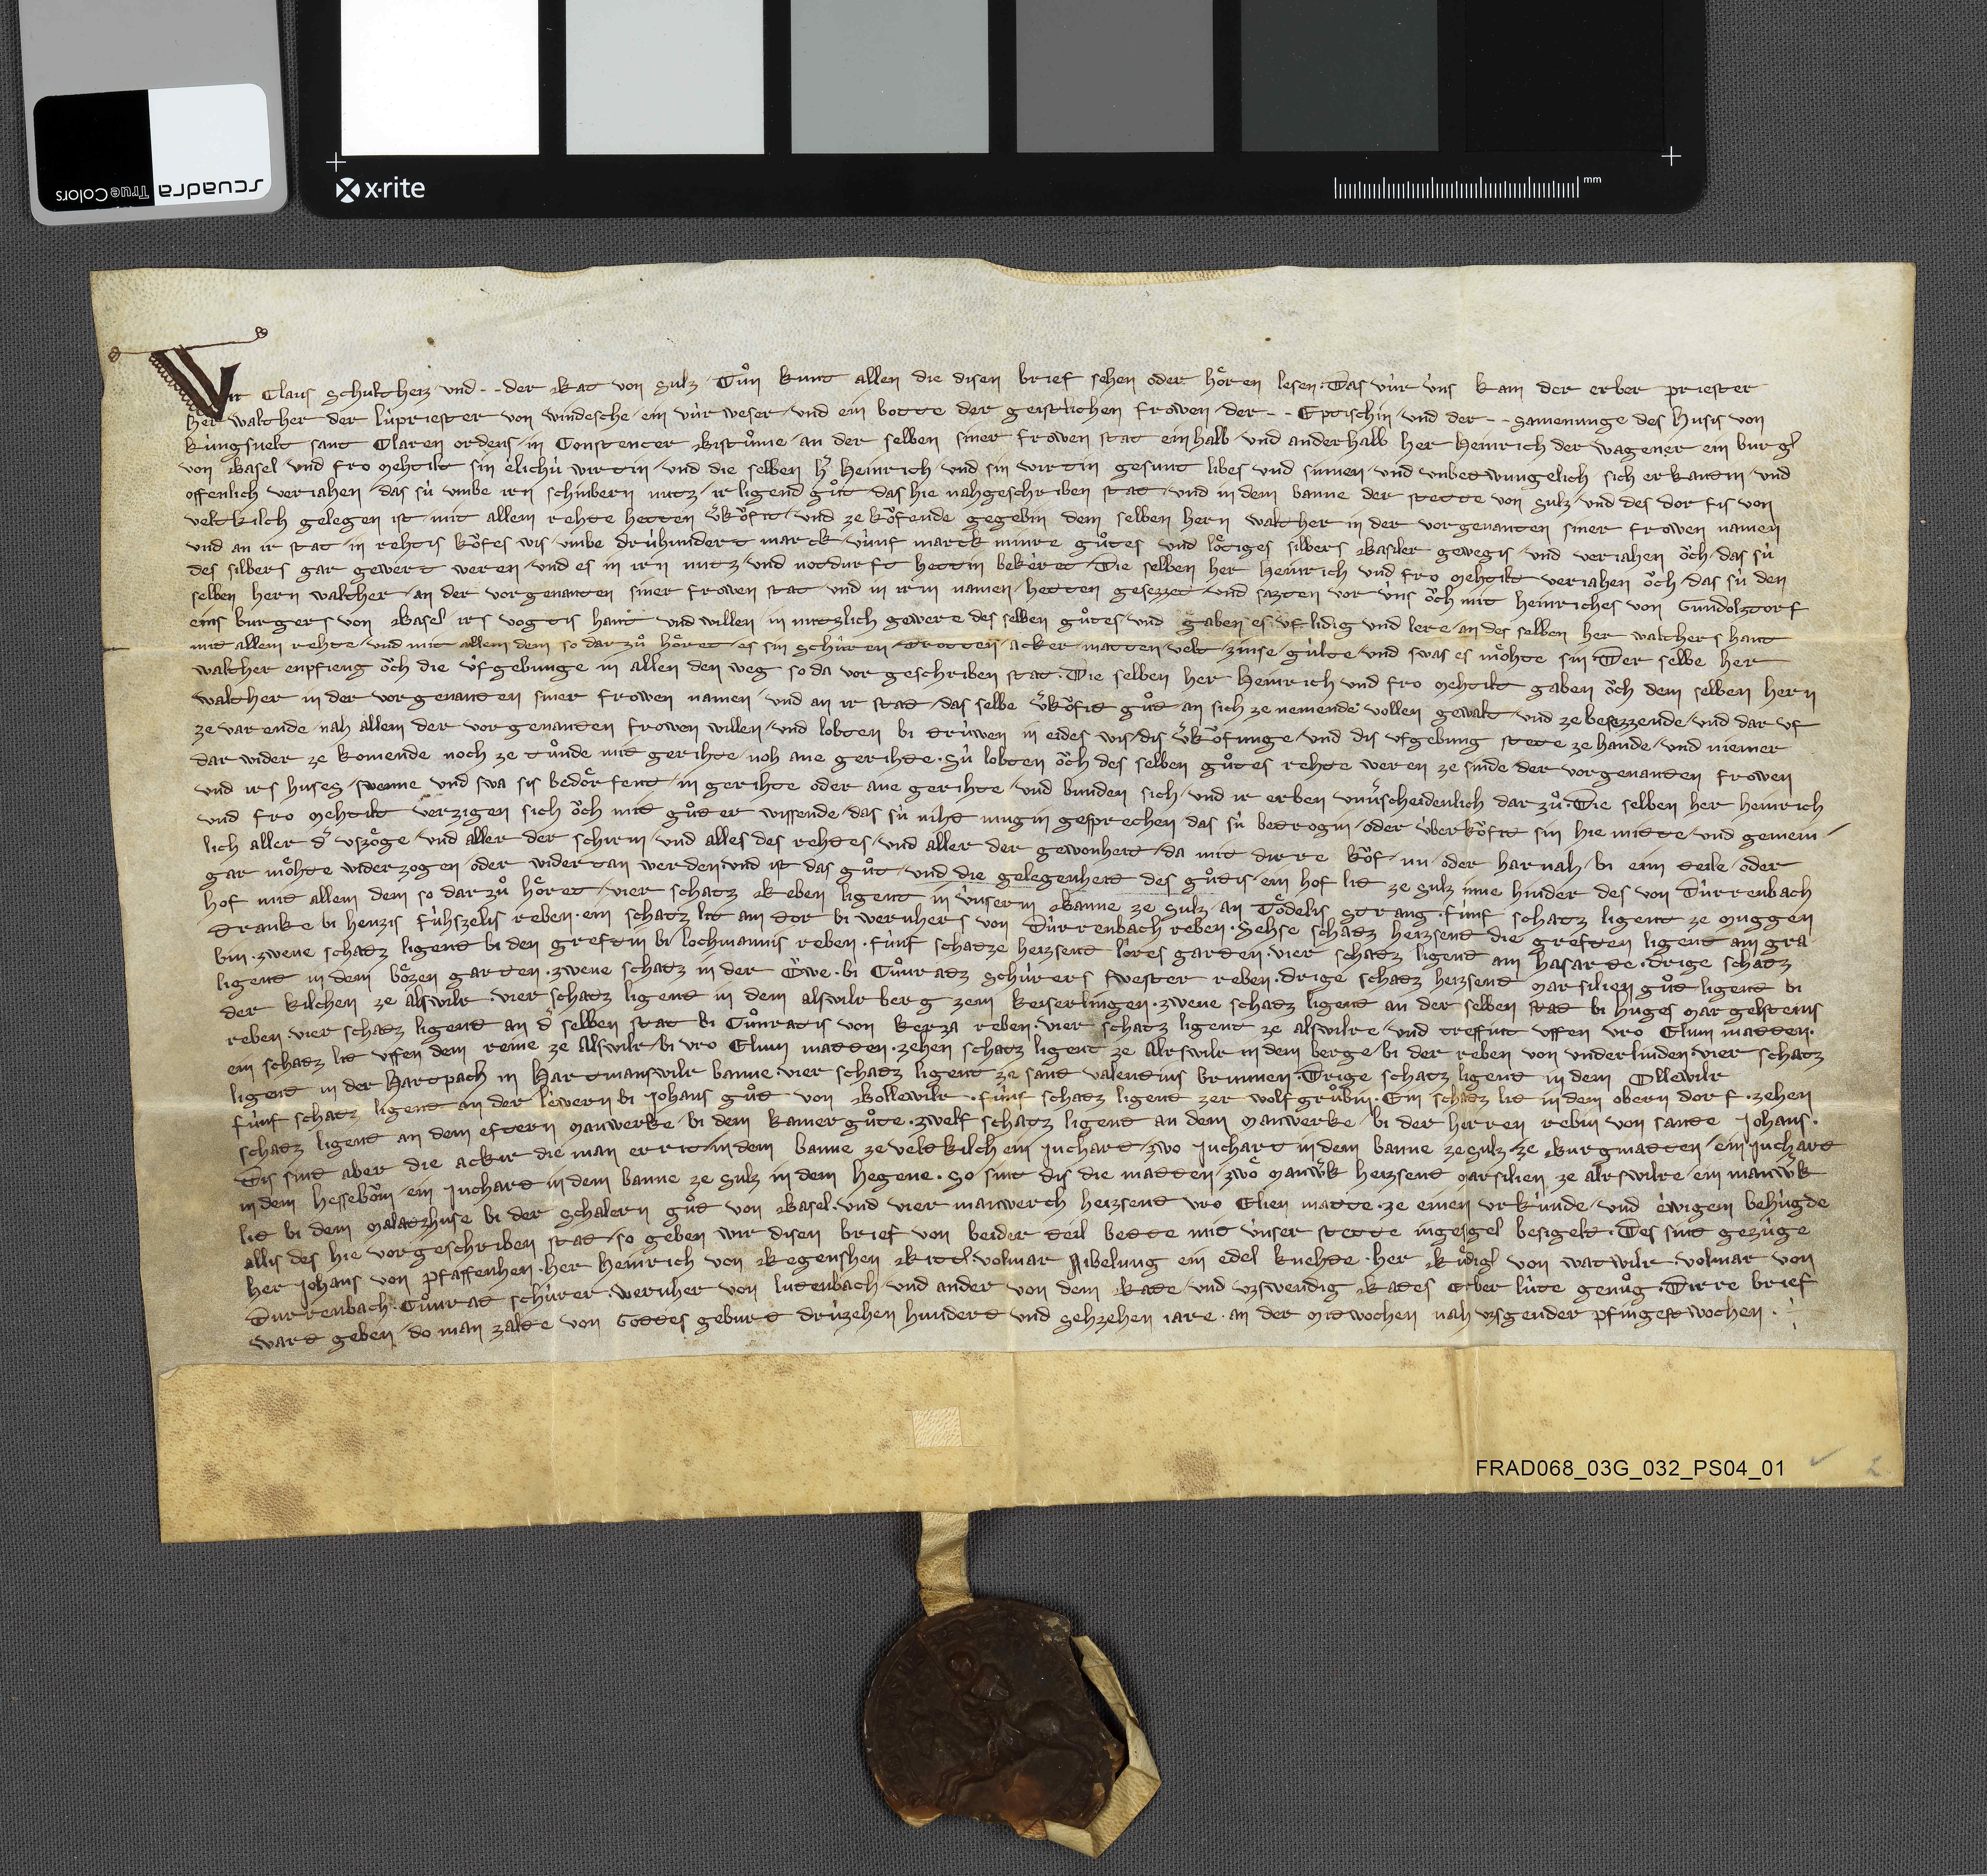
Wir Claus schultheiz ✳ und ✳ ✳ der rat von Sulz ✳ tuͦn kunt allen die disen brief sehen oder hoͤren lesen ✳ das vùr ùns kam der erber priester
her Walther der lùpriester von Windesche ✳ ein vùrweser ✳ und ein botte der geistlichen frowen ✳ der ✳ ✳ eptischin ✳ und der ✳ ✳ samenunge des husis von
Kùngsvelt Sant Claren ordens ✳ in Constencer bistuͦme ✳ an der selben siner frowen stat einhalb ✳ und anderhalb her Heinrich der Wagener ein burgˀ
von Basel ✳ und fro Mehtilt sin elichù wirtin ✳ und die selben hˀ Heinrich ✳ und sin wirtin gesunt libes und sinnen ✳ und unbetwungelich ✳ sich erkantin ✳ und
offenlich verjahen das sù umbe irn schinbern nutz ✳ ir ligend guͦt ✳ das hie nah geschriben stat ✳ und in dem banne der stette von Sulz ✳ und des dorfis von
Veltkilch gelegen ist ✳ mit allem rehte hetten vˀkoͧfit ✳ und ze koͧfende gegebin dem selben hern Walther in der vorgenanten siner frowen namen
und an ir stat ✳ in rehtis koͧfes wis ✳ umbe drùhundert marck ✳ vùnf marck minre guͦtes und loͤtiges silbers Basiler gewegis ✳ und verjahen oͧch ✳ das sù
des silbers gar gewert weren ✳ und es in irn nutz ✳ und notdurft hettin bekêret. die selben her Heinrich und fro Mehtilt verjahen oͧch ✳ das sù den
selben hern Walther ✳ an der vogenanten siner frowen stat und in irm namen ✳ hetten gesezzet ✳ und sazten vor ùns oͧch mit Heinriches von Gundolztorf
eins burgers von Basel ✳ irs vogtis hant und willen ✳ in nutzlich gewere des selben guͦtes ✳ und gaben es uf lidig und lere ✳ an des selben her Walthers hant
mit allem rehte ✳ und mit allem dem so darzuͦ hoͤret, ✳ es sin schûren, ✳ drotten, ✳ acker, ✳ matten, ✳ velt, ✳ zinse, ✳ gùlte ✳ und swas es moͤhte sin. der selbe her
Walther enpfieng oͧch die ûfgebunge in allen den weg so da vorgeschriben stat. die selben her Heinrich und fro Mehtilt gaben oͧch dem selben hern
Walther in der vorgenanten siner frowen namen ✳ und an ir stat ✳ das selbe vˀkoͧfit guͦt ✳ an sich ze nemende vollen gewalt ✳ und ze besezzende ✳ und dar uf
ze varende ✳ nah allem der vorgenanten frowen willen ✳ und lobten bi trùwen in eides wis ✳ dis vˀkoͧfunge ✳ und dis ufgebung stete ze hande ✳ und niemer
dar wider ze komende noch ze tuͦnde mit gerihte ✳ noh ane gerihte. ✳ sû lobten oͧch des selben guͦtes rehte weren ze sinde ✳ der vorgenanten frowen
und irs huses ✳ swenne und swa sis bedoͤrfent ✳ in gerihte oder ane gerihte ✳ und bunden sich ✳ und ir erben unvˀscheidenlich darzuͦ. die selben her Heinrich
und fro Mehtilt verzigen sich oͧch mit guͦter er wissende ✳das sù niht mugin gesprechen ✳ das sû betrogin ✳ oder ùberkoͧfit sin hie mitte ✳ und gemein¬
lich aller dˀ uszoͤge ✳ und aller der schirm ✳ und alles des rehtes ✳ und aller der gewonheit ✳ da mit dirre koͧf ✳ nu ✳ oder harnah ✳ bi eim teile ✳ oder
gar moͤhte widerzogen ✳ oder widertan werden. ✳ und ist das guͦt ✳ und die gelegenheit des guͦtis ✳ ein hof lit ze Sulz inne hinder des von Dûrrenbach
hof mit allem dem so darzuͦ hoͤret ✳ vier schatz reben ligent in ûnserm banne ze Sulz ✳ an Toͤdelis Strang ✳ fùnf schatz ligent ze Muggen-
tranke bi Henzis Fùhszelis reben ✳ ein schatz lit am tor bi Wernhers von Dûrrenbach reben ✳ sehse schatz heizsent die Greften ligent am gra-
bin ✳ zwene schatz ligent bi den Greftin bi Lochmannis reben ✳ fûnf schatze heizsent Loͥres garten ✳ vier schatz ligent am Hasarte ✳ drige schatz
ligent in dem Boͤzen Garten ✳ zwene schatz in der oͧwe ✳ bi Cuͦnratz Schùrers swester reben ✳ drige schatz heizent Marsilien guͦt ligent bi
der kilchen ze Alswilr ✳ vier schatz ligent in dem Alswilrberg zem Keiserlingen ✳ zwene schatz ligent an der selben stat bi Huges Margelsteins
reben ✳ vier schatz ligend an dˀ selben stat bi Cuͦnratis von Kerza reben ✳ vier schatz ligent ze Alswilre ✳ und treffint uffen vro Elinn matten ✳
ein schatz lit uffen dem Reine ze Alswilr ✳ bi vro Elinn matten ✳ zehen schatz ligent ze Alrswilr ✳ in dem berge ✳ bi der reben von Underlinden ✳ vier schatz
ligent in der Hartpach in Hartmanswilr banne ✳ vier schatz ligent ze sant Valentins brunnen ✳ drige schatz ligent in dem Ollewilr
fùnf schatz ligent an der Lèwern bi Johans guͦt von Bollewilr ✳ fûnf schatz ligent zer Wolfgruͦbin ✳ ein schatz lit in dem obern dorf ✳ zehen
schatz ligent an dem eftern manwerke ✳ bi dem kamerguͦte ✳ zwelf schatz ligend an dem manwerke ✳ bi der herren rebin von sante Johans. ✳
dis sint aber die ackir, die man errit:✳ in dem banne ze Veltkilch ein juchart ,✳ zwo juchart in dem banne ze Sulz ✳ ze Burgmatten, ✳ ein juchart
in dem Hesseboͧm, ✳ ein juchart in dem banne ze Sulz in dem Hegene. so sint dis die matten. ✳ zwoͤ manwˀk heizsent Marsilien ze Alrswilre, ✳ ein manwˀk
lit bi dem Malatzhuse bi der Schalern guͦt von Basel, ✳ und vier manwerch heizsent vro Elien Matte. ✳ ze einem urkùnde ✳ und èwigen behùgde
allis des hie vorgeschriben stat ✳ so geben wir disen brief von beider teil bette mit ùnser stette ingesigel besigelt. ✳ des sint gezùge:
her Johans von Pfaffenhen ✳ her Heinrich von Regenshen rittˀ ✳ Volmar Nibelung ein edel knehte ✳ her Ruͤdigˀ von Watwilr ✳ Volmar von
Durrenbach ✳ Cuͦnrat Schùrer ✳ Wernher von Lutenbach ✳ und ander von dem rate ✳ und uzswendig rates erber lûte genuͦg. ✳ dirre brief
wart geben ✳ do man zalte von gottes geburt drùzehen hundert und sehzehen jare ✳ an der mitwochen nah uzsgender pfingest wochen. ✳